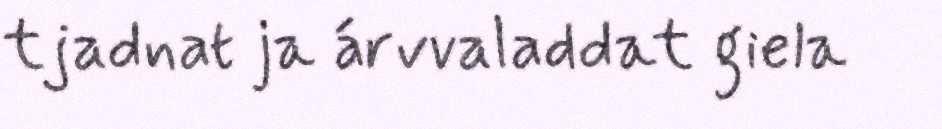
tjadnat ja árvvaladdat giela